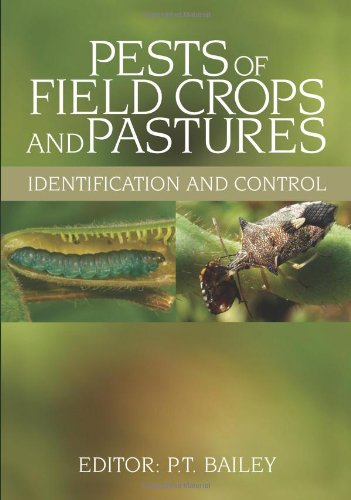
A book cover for Pests of Field Crops and Pastures: Identification and Control; Science & Math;